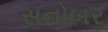
સનોબર